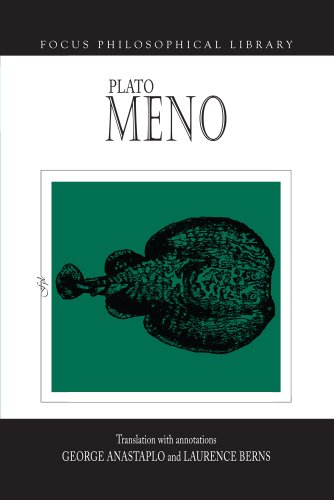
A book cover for Plato : Meno (Focus Philosophical Library); Plato; History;